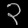
Digit: ၃